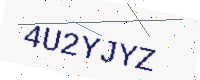
Text: 4U2YJYZ